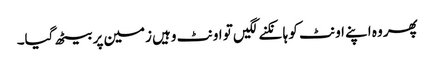
پھر وہ اپنے اونٹ کو ہانکنے لگیں تو اونٹ وہیں زمین پر بیٹھ گیا۔